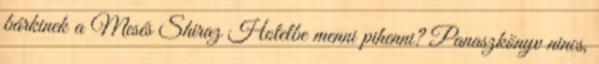
bárkinek a Mesés Shiraz Hotelbe menni pihenni? Panaszkönyv nincs,